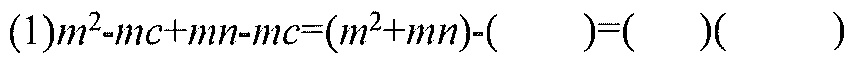
(1)\(m^{2}-mc+mn - mc=(m^{2}+mn)-(\ )=(\ )(\ )\)